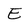
Character: E